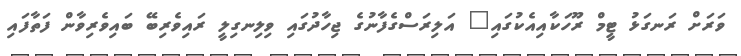
ވަރަށް ރަނގަޅު ޓީމް ރޫހަކާއިއެކުގައި" އަލިރަސްގެފާނުގެ ޖިހާދުގައި ވިލިނގިލީ ރައިވެރިބޭ ބައިވެރިވާން ފަތާފައި